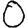
Digit: 0